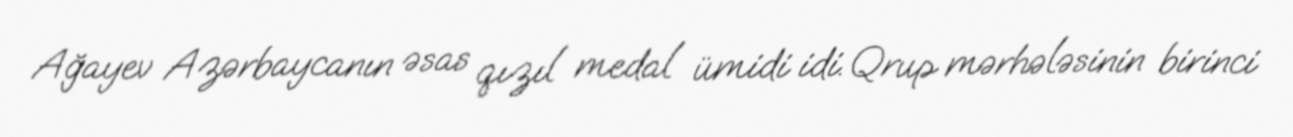
Ağayev Azərbaycanın əsas qızıl medal ümidi idi. Qrup mərhələsinin birinci